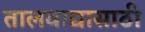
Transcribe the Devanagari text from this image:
तालवाद्यासाठी